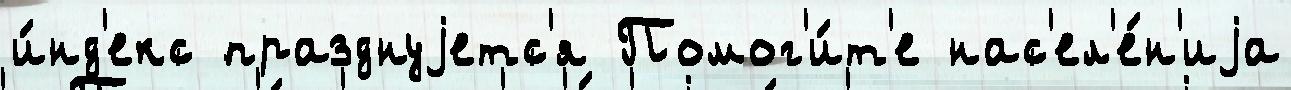
и́нд'екс празднуjетс'я Помог'и́т'е нас'ел'е́н'иjа